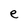
Character: e